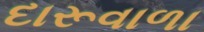
દારૂવાળા